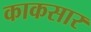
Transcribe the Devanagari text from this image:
काकसार